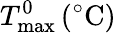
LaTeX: T_{\mathrm{max}}^{0}\, (^{\circ}\mathrm{C})